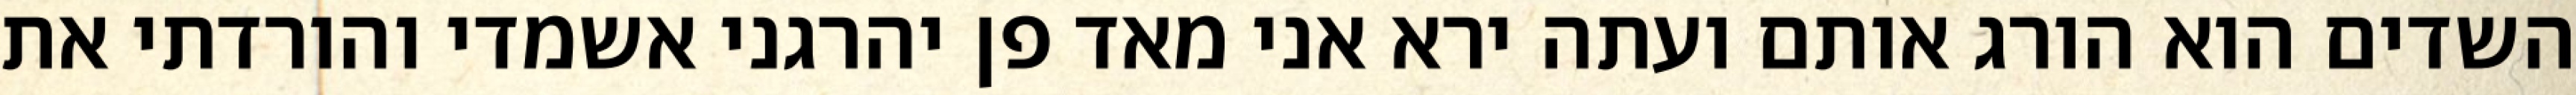
השדים הוא הורג אותם ועתה ירא אני מאד פן יהרגני אשמדי והורדתי את